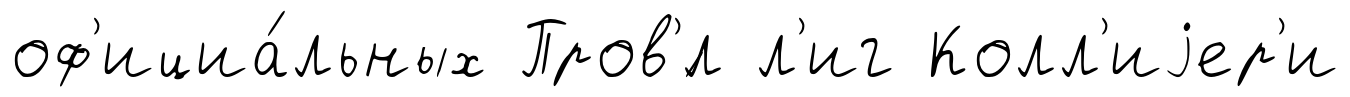
оф'ициа́льных Пров'́л л'иг Колл'иjер'и